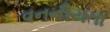
વનનીયતા